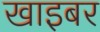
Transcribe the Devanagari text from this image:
खाइबर